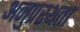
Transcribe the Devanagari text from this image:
अनुप्रस्थता